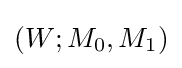
(W;M_{0},M_{1})